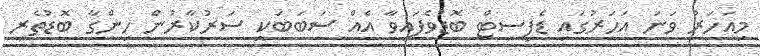
މިއަަހަރު ވަނަ އަހަރުގައި ޑެފިސިޓް ބޮޑުވެފައިވާ އެއް ސަބަބަކީ ސަރުކާރުން ހިންގާ ބޮޑުތެރި